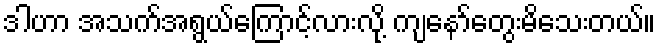
ဒါဟာ အသက်အရွယ်ကြောင့်လားလို့ ကျနော်တွေးမိသေးတယ်။